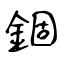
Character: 錮